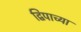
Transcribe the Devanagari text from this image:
द्विपाच्या